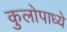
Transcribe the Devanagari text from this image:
कुलोपाध्ये